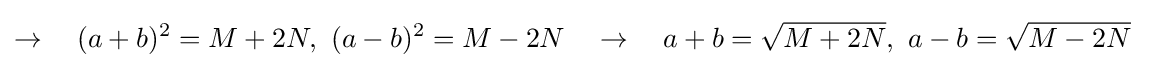
\rightarrow \quad (a+b)^{2}=M+2N,\ (a-b)^{2}=M-2N\quad \rightarrow \quad a+b={\sqrt {M+2N}},\ a-b={\sqrt {M-2N}}\